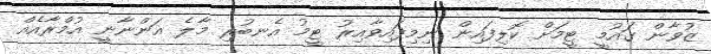
ޒުވާން ގައުމީ ޓީމަށް ކޮލިފައިން ނިމިފައިވާއިރު ޓީމު އެނބުރި މާލެ އަންނާނީ އުމްރާއެއް